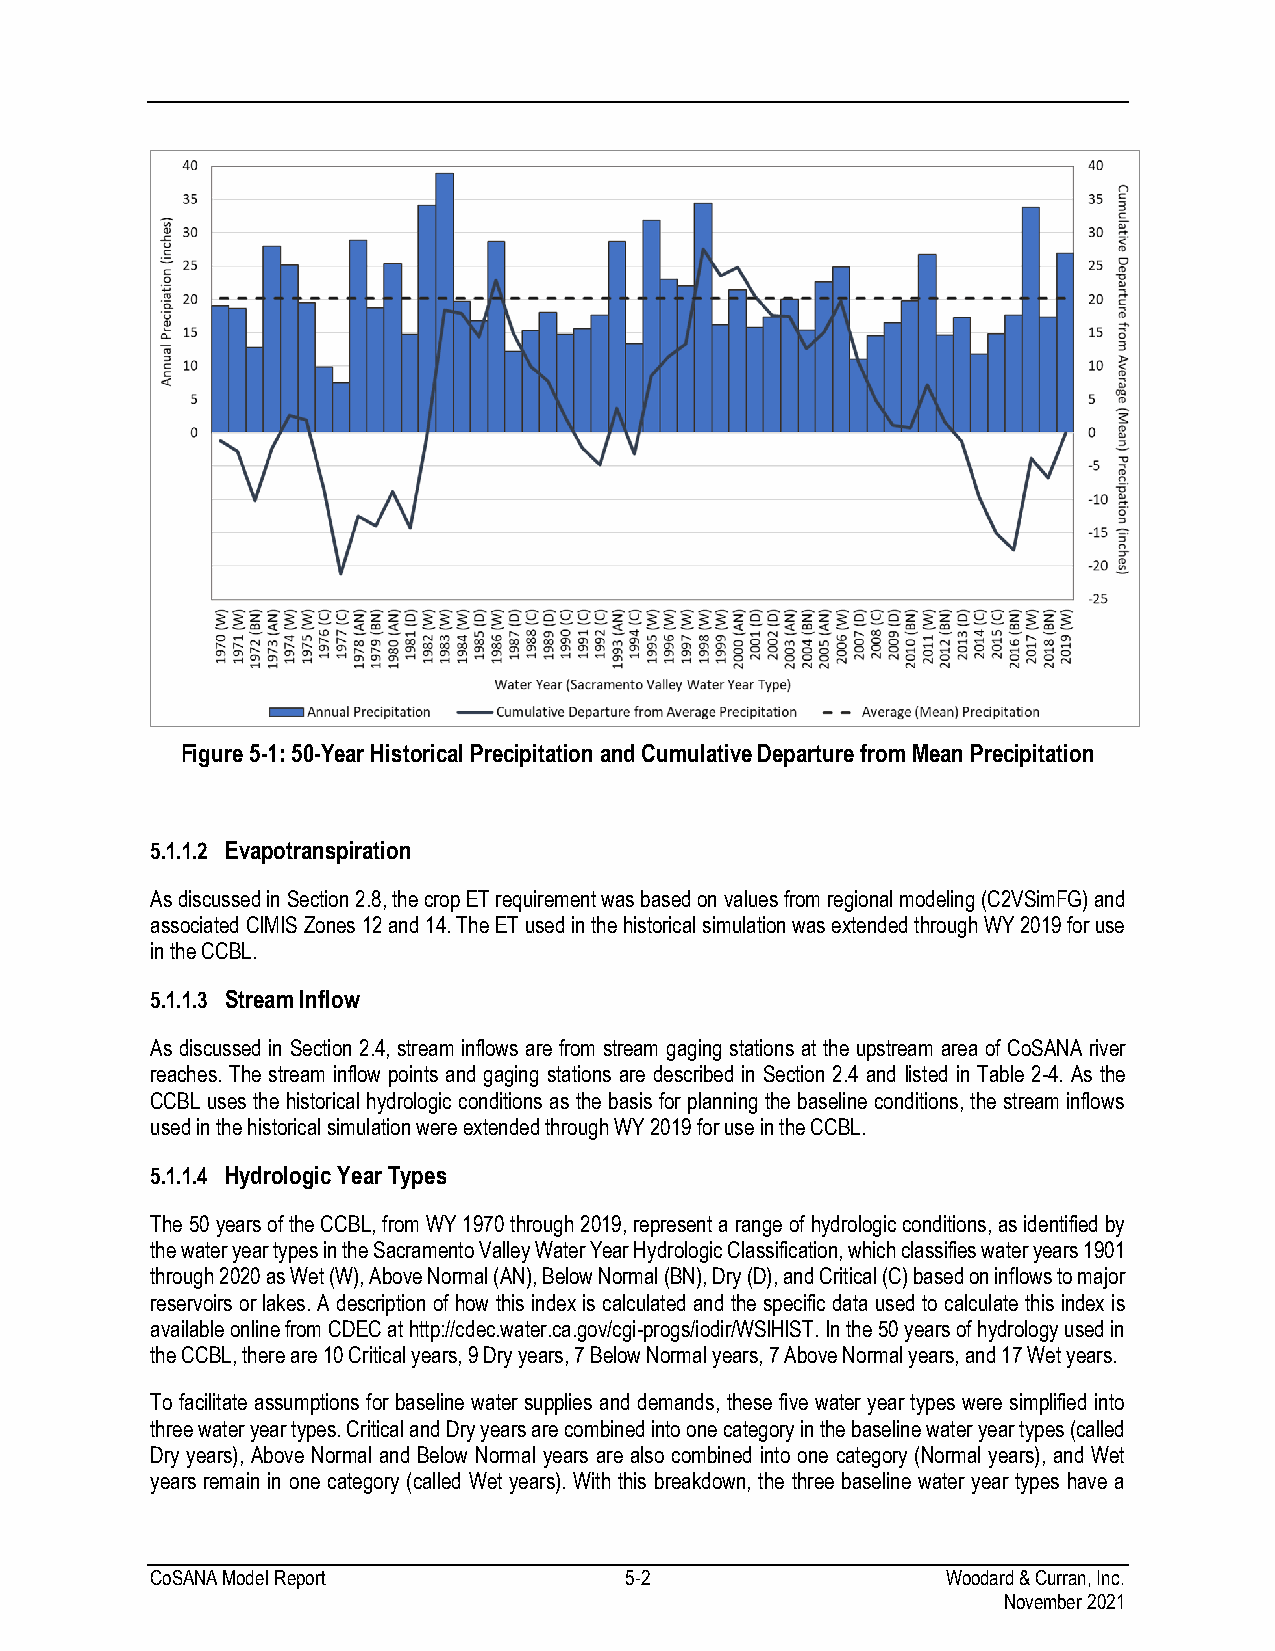
Figure 5-1: 50-Year Historical Precipitation and Cumulative Departure from Mean Precipitation
 5.1.1.2 Evapotranspiration
 As discussed in Section 2.8, the crop ET requirement was based on values from regional modeling (C2VSimFG) and
 associated CIMIS Zones 12 and 14. The ET used in the historical simulation was extended through WY 2019 for use
 in the CCBL.
 5.1.1.3 Stream Inflow
 As discussed in Section 2.4, stream inflows are from stream gaging stations at the upstream area of CoSANA river
 reaches. The stream inflow points and gaging stations are described in Section 2.4 and listed in Table 2-4. As the
 CCBL uses the historical hydrologic conditions as the basis for planning the baseline conditions, the stream inflows
 used in the historical simulation were extended through WY 2019 for use in the CCBL.
 5.1.1.4 Hydrologic Year Types
 The 50 years of the CCBL, from WY 1970 through 2019, represent a range of hydrologic conditions, as identified by
 the water year types in the Sacramento Valley Water Year Hydrologic Classification, which classifies water years 1901
 through 2020 as Wet (W), Above Normal (AN), Below Normal (BN), Dry (D), and Critical (C) based on inflows to major
 reservoirs or lakes. A description of how this index is calculated and the specific data used to calculate this index is
 available online from CDEC at http://cdec.water.ca.gov/cgi-progs/iodir/WSIHIST. In the 50 years of hydrology used in
 the CCBL, there are 10 Critical years, 9 Dry years, 7 Below Normal years, 7 Above Normal years, and 17 Wet years.
 To facilitate assumptions for baseline water supplies and demands, these five water year types were simplified into
 three water year types. Critical and Dry years are combined into one category in the baseline water year types (called
 Dry years), Above Normal and Below Normal years are also combined into one category (Normal years), and Wet
 years remain in one category (called Wet years). With this breakdown, the three baseline water year types have a
 CoSANA Model Report            5-2                   Woodard & Curran, Inc.
 November 2021